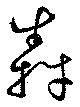
犇